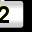
Digit: 2